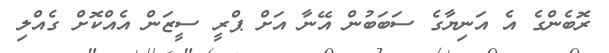
ރޮބެންގެ އެ އަނިޔާގެ ސަބަބުން އޭނާ އަށް ޕްރީ ސީޒަން އެއްކޮށް ގެއްލި